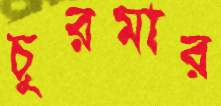
চুরমার